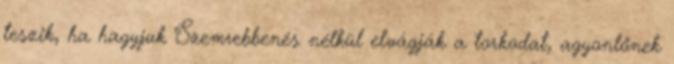
teszik, ha hagyjuk Szemrebbenés nélkül elvágják a torkodat, agyonlőnek